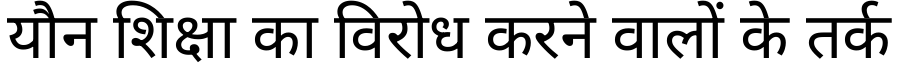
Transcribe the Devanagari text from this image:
यौन शिक्षा का विरोध करने वालों के तर्क